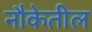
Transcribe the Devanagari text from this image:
नौकेतील